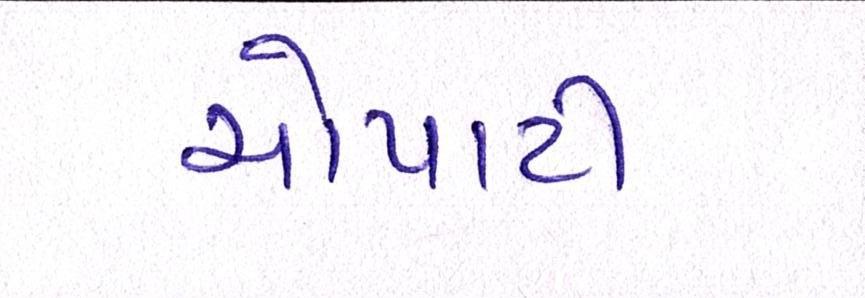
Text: ચોપાટી